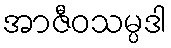
အာဇီဝသမ္ပဒါ